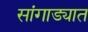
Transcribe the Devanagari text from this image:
सांगाड्यात